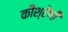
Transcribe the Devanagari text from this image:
कीश्रेणी